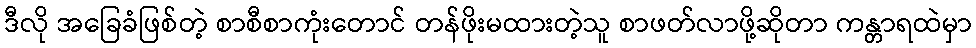
ဒီလို အခြေခံဖြစ်တဲ့ စာစီစာကုံးတောင် တန်ဖိုးမထားတဲ့သူ စာဖတ်လာဖို့ဆိုတာ ကန္တာရထဲမှာ